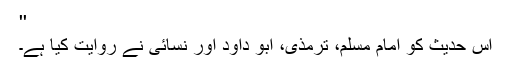
''
اِس حدیث کو امام مسلم، ترمذی، ابو داود اور نسائی نے روایت کیا ہے۔